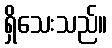
ရှိသေးသည်။